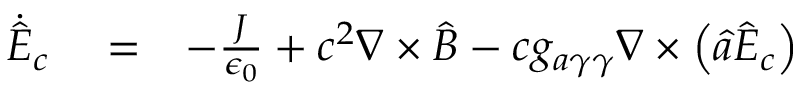
\begin{array} { r l r } { \dot { \hat { \boldsymbol E } } _ { c } } & { { } = } & { - \frac { \boldsymbol J } { \epsilon _ { 0 } } + c ^ { 2 } \boldsymbol \nabla \times \hat { \boldsymbol B } - c g _ { a \gamma \gamma } \boldsymbol \nabla \times \left( \hat { a } \hat { \boldsymbol E } _ { c } \right) } \end{array}